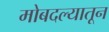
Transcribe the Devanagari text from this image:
मोबदल्यातून